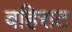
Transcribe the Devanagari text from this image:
बहिराट